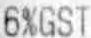
6%GST